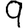
Digit: 9